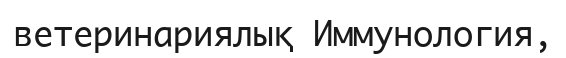
ветеринариялық Иммунология,